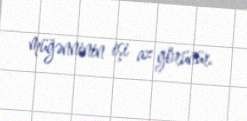
müğənninin işi az görünür.